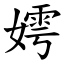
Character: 嫮